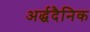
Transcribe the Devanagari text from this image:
अर्द्धदैनिक